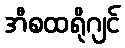
အီစထရိုဂျင်